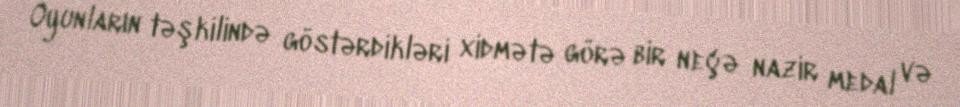
Oyunların təşkilində göstərdikləri xidmətə görə bir neçə nazir medal və